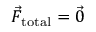
\vec { F } _ { \mathrm { t o t a l } } = \vec { 0 }